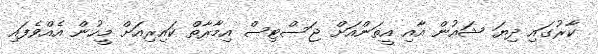
ކާރުގައި ދިޔަ ޝައުން އާއި އީތަންއަށް ޖަސްޓިސް އިމާރާތް ކައިރިއަށް މީހުން އެއްވެފައި